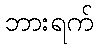
ဘားရက်